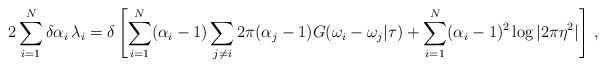
\begin{align*}2 \sum_{i=1}^{N} \delta \alpha_{i} \, \lambda_{i} =\delta \left[ \sum_{i=1}^{N} (\alpha_{i} -1) \sum_{j \neq i} 2\pi(\alpha_{j} -1 )G(\omega_{i} -\omega_{j} | \tau) + \sum_{i=1}^{N} (\alpha_{i} -1)^{2}\log |2\pi \eta^{2} | \right] \, ,\end{align*}